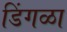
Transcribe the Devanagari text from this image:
डिंगळा